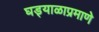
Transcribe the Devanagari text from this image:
घड्याळाप्रमाणे